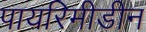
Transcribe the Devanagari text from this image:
पायरिमीडीन